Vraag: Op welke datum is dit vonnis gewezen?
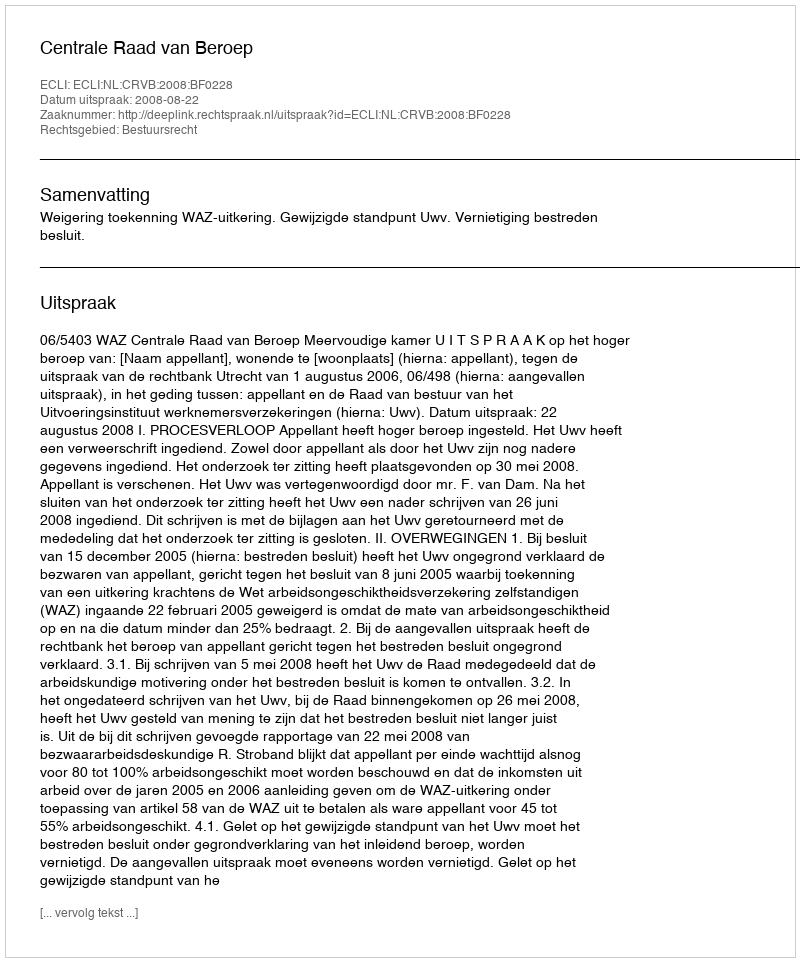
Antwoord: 2008-08-22